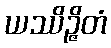
ယဿိဉ္ဇိတံ